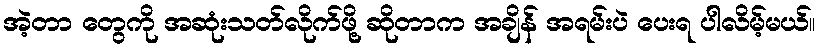
အဲ့တာ တွေကို အဆုံးသတ်လိုက်ဖို့ ဆိုတာက အချိန် အရမ်းပဲ ပေးရ ပါလိမ့်မယ်။